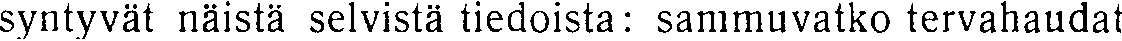
syntyvät näistä selvistä tiedoista: sammuvatko tervahaudat